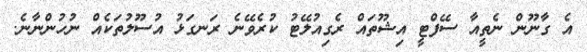
އެ ގާނޫން ނެތީއާ ސޭފްޓީ އިޝޫތައް ރެގިއުލޭޓު ކުރެވޭނެ ރަނގަޅު އުސޫލުތަކެއް ނުހުންނާނެ.